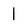
Character: 1